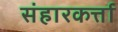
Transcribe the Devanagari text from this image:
संहारकर्त्ता